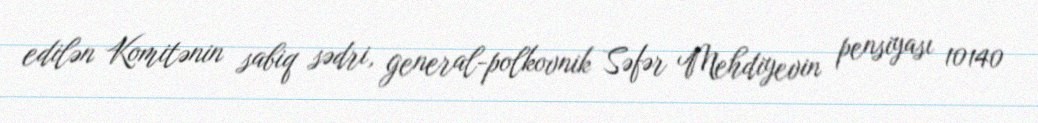
edilən Komitənin sabiq sədri, general-polkovnik Səfər Mehdiyevin pensiyası 10140